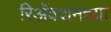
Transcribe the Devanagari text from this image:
रिअॅक्शनच्या